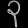
Digit: ၃